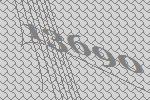
13690